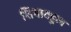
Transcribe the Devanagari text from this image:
शियाबहुल